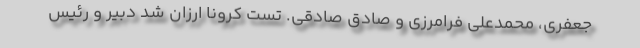
جعفری، محمدعلی فرامرزی و صادق صادقی. تست کرونا ارزان شد دبیر و رئیس